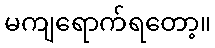
မကျရောက်ရတော့။